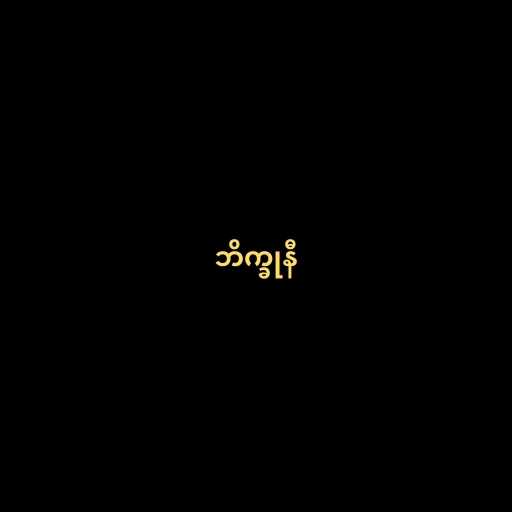
ဘိက္ခုနီ